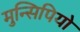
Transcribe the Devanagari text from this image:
मुन्सिपियो